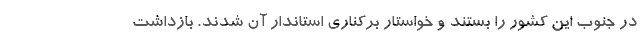
در جنوب این کشور را بستند و خواستار برکناری استاندار آن شدند. بازداشت